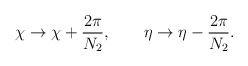
\begin{align*}\chi \to \chi + \frac{2 \pi}{N_2}, \qquad \eta \to \eta - \frac{2 \pi}{N_2}.\end{align*}